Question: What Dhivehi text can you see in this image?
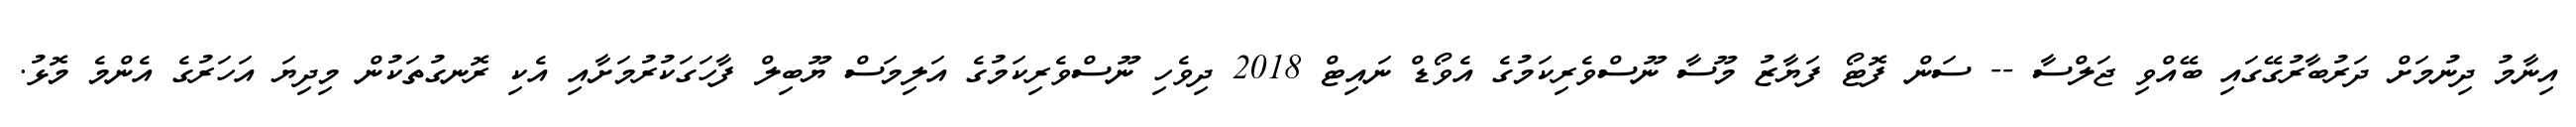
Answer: އިނާމު ދިނުމަށް ދަރުބާރުގޭގައި ބޭއްވި ޖަލްސާ -- ސަން ފޮޓޯ ފަޔާޒު މޫސާ ނޫސްވެރިކަމުގެ އެވޯޑް ނައިޓް 2018 ދިވެހި ނޫސްވެރިކަމުގެ އަލިމަސް ޔޫބިލް ފާހަގަކުރުމަށާއި އެކި ރޮނގުތަކުން މިދިޔަ އަހަރުގެ އެންމެ މޮޅު.